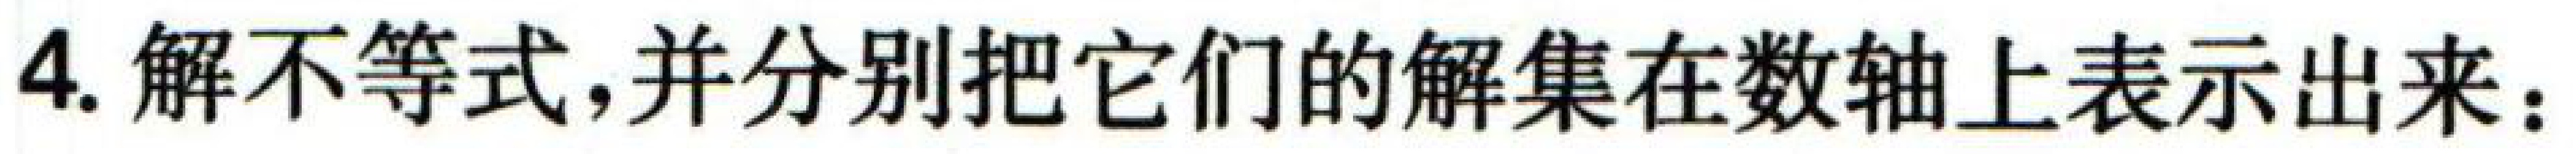
4.解不等式，并分别把它们的解集在数轴上表示出来：